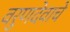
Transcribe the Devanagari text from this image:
वरुणदेवाचे